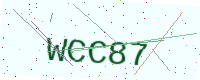
Text: WCC87